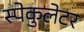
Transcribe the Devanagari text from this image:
स्पेकुलेटर